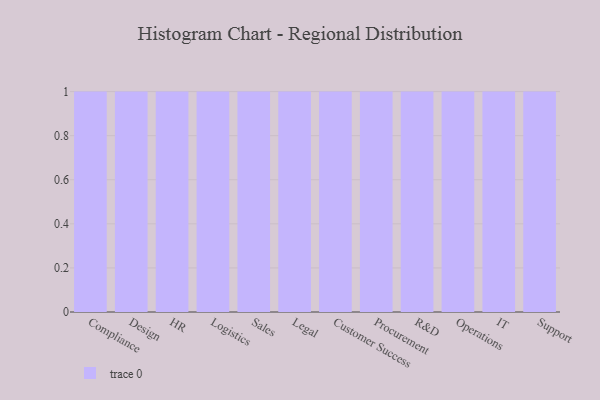
{"axis": {"x": "Department", "y": "Net Income (USD K)"}, "legend": [""], "data": [{"x": "Compliance", "y": 19, "type": ""}, {"x": "Design", "y": 3, "type": ""}, {"x": "HR", "y": 7, "type": ""}, {"x": "Logistics", "y": 43, "type": ""}, {"x": "Sales", "y": 44, "type": ""}, {"x": "Legal", "y": 64, "type": ""}, {"x": "Customer Success", "y": 95, "type": ""}, {"x": "Procurement", "y": 99, "type": ""}, {"x": "R&D", "y": 2, "type": ""}, {"x": "Operations", "y": 51, "type": ""}, {"x": "IT", "y": 58, "type": ""}, {"x": "Support", "y": 16, "type": ""}]}